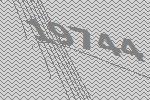
19744